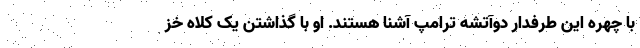
با چهره این طرفدار دوآتشه ترامپ آشنا هستند. او با گذاشتن یک کلاه خز